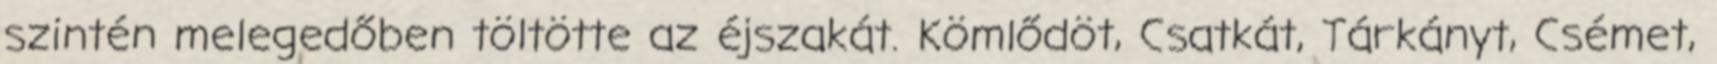
szintén melegedőben töltötte az éjszakát. Kömlődöt, Csatkát, Tárkányt, Csémet,